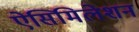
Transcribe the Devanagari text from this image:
ऐसिमिलेशन